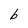
Character: b